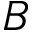
B